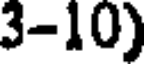
3-10)